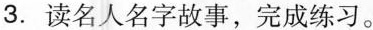
3.读名人名字故事，完成练习。